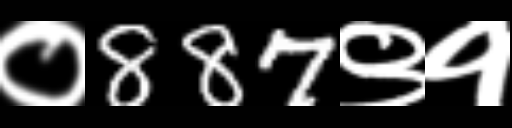
Text: ०887९१